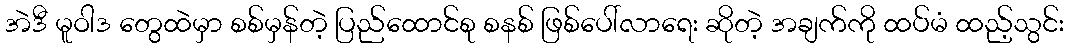
အဲဒီ မူဝါဒ တွေထဲမှာ စစ်မှန်တဲ့ ပြည်ထောင်စု စနစ် ဖြစ်ပေါ်လာရေး ဆိုတဲ့ အချက်ကို ထပ်မံ ထည့်သွင်း